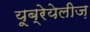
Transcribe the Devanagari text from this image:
यूब्रेयेलीज़